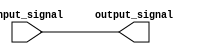
module io_buffer (
    input wire input_signal,
    output reg output_signal
);

assign output_signal = input_signal;

endmodule